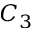
C _ { 3 }